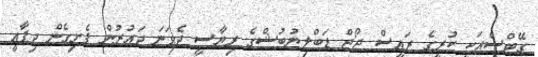
ގޭޓްސްއަކީ ކުރީގެ ރައީސް ޖޯޖް ޑަބްލިޔުބުޝްގެ ރިޔާސީ ދެވަނަ ދައުރުން ފެށިގެން ދިފާޢީ